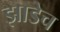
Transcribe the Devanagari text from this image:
झाडेच